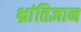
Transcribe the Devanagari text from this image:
भ्रांतिज्ञान